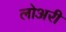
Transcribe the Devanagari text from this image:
लोअरी